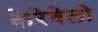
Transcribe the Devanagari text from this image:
केरेवेलो